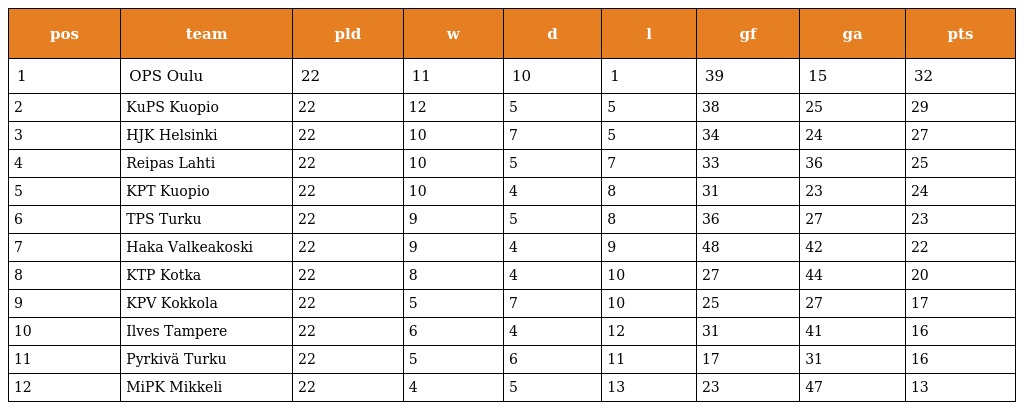
| pos | team | pld | w | d | l | gf | ga | pts |
 | --- | --- | --- | --- | --- | --- | --- | --- | --- |
 | 1 | OPS Oulu | 22 | 11 | 10 | 1 | 39 | 15 | 32 |
 | 2 | KuPS Kuopio | 22 | 12 | 5 | 5 | 38 | 25 | 29 |
 | 3 | HJK Helsinki | 22 | 10 | 7 | 5 | 34 | 24 | 27 |
 | 4 | Reipas Lahti | 22 | 10 | 5 | 7 | 33 | 36 | 25 |
 | 5 | KPT Kuopio | 22 | 10 | 4 | 8 | 31 | 23 | 24 |
 | 6 | TPS Turku | 22 | 9 | 5 | 8 | 36 | 27 | 23 |
 | 7 | Haka Valkeakoski | 22 | 9 | 4 | 9 | 48 | 42 | 22 |
 | 8 | KTP Kotka | 22 | 8 | 4 | 10 | 27 | 44 | 20 |
 | 9 | KPV Kokkola | 22 | 5 | 7 | 10 | 25 | 27 | 17 |
 | 10 | Ilves Tampere | 22 | 6 | 4 | 12 | 31 | 41 | 16 |
 | 11 | Pyrkivä Turku | 22 | 5 | 6 | 11 | 17 | 31 | 16 |
 | 12 | MiPK Mikkeli | 22 | 4 | 5 | 13 | 23 | 47 | 13 |